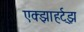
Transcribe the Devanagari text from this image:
एक्झाहर्ट्‌झ